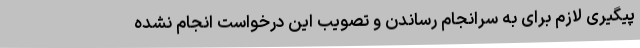
پیگیری‌ لازم برای به سرانجام رساندن و تصویب این درخواست انجام نشده